Document type: Inventory
Year: 1295
Scribe: Pere Marc
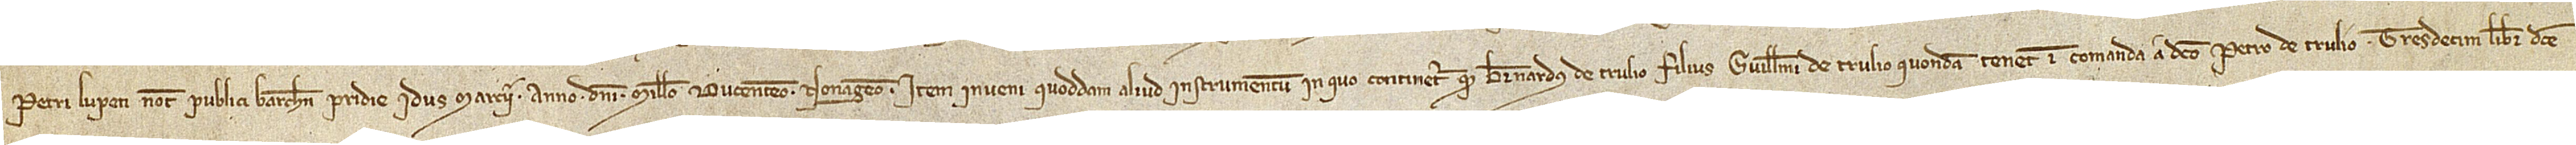
Petri Lupeti, notarii publici Barchinone, pridie idus marcii, anno Domini millesimo ducentesimo nonagesimo. Item, inveni quoddam aliud instrumentum in quo continetur quod Bernardus de Trulio, filius Guillelmi de Trulio, quondam, tenet in comanda a dicto Petro de Trulio tresdecim libras dicte